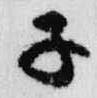
子